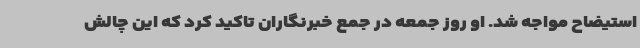
استیضاح مواجه شد. او روز جمعه در جمع خبرنگاران تاکید کرد که این چالش